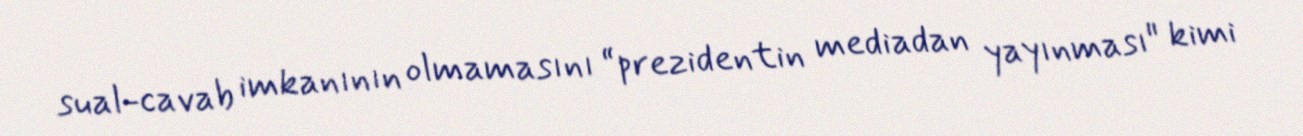
sual-cavab imkanının olmamasını “prezidentin mediadan yayınması" kimi